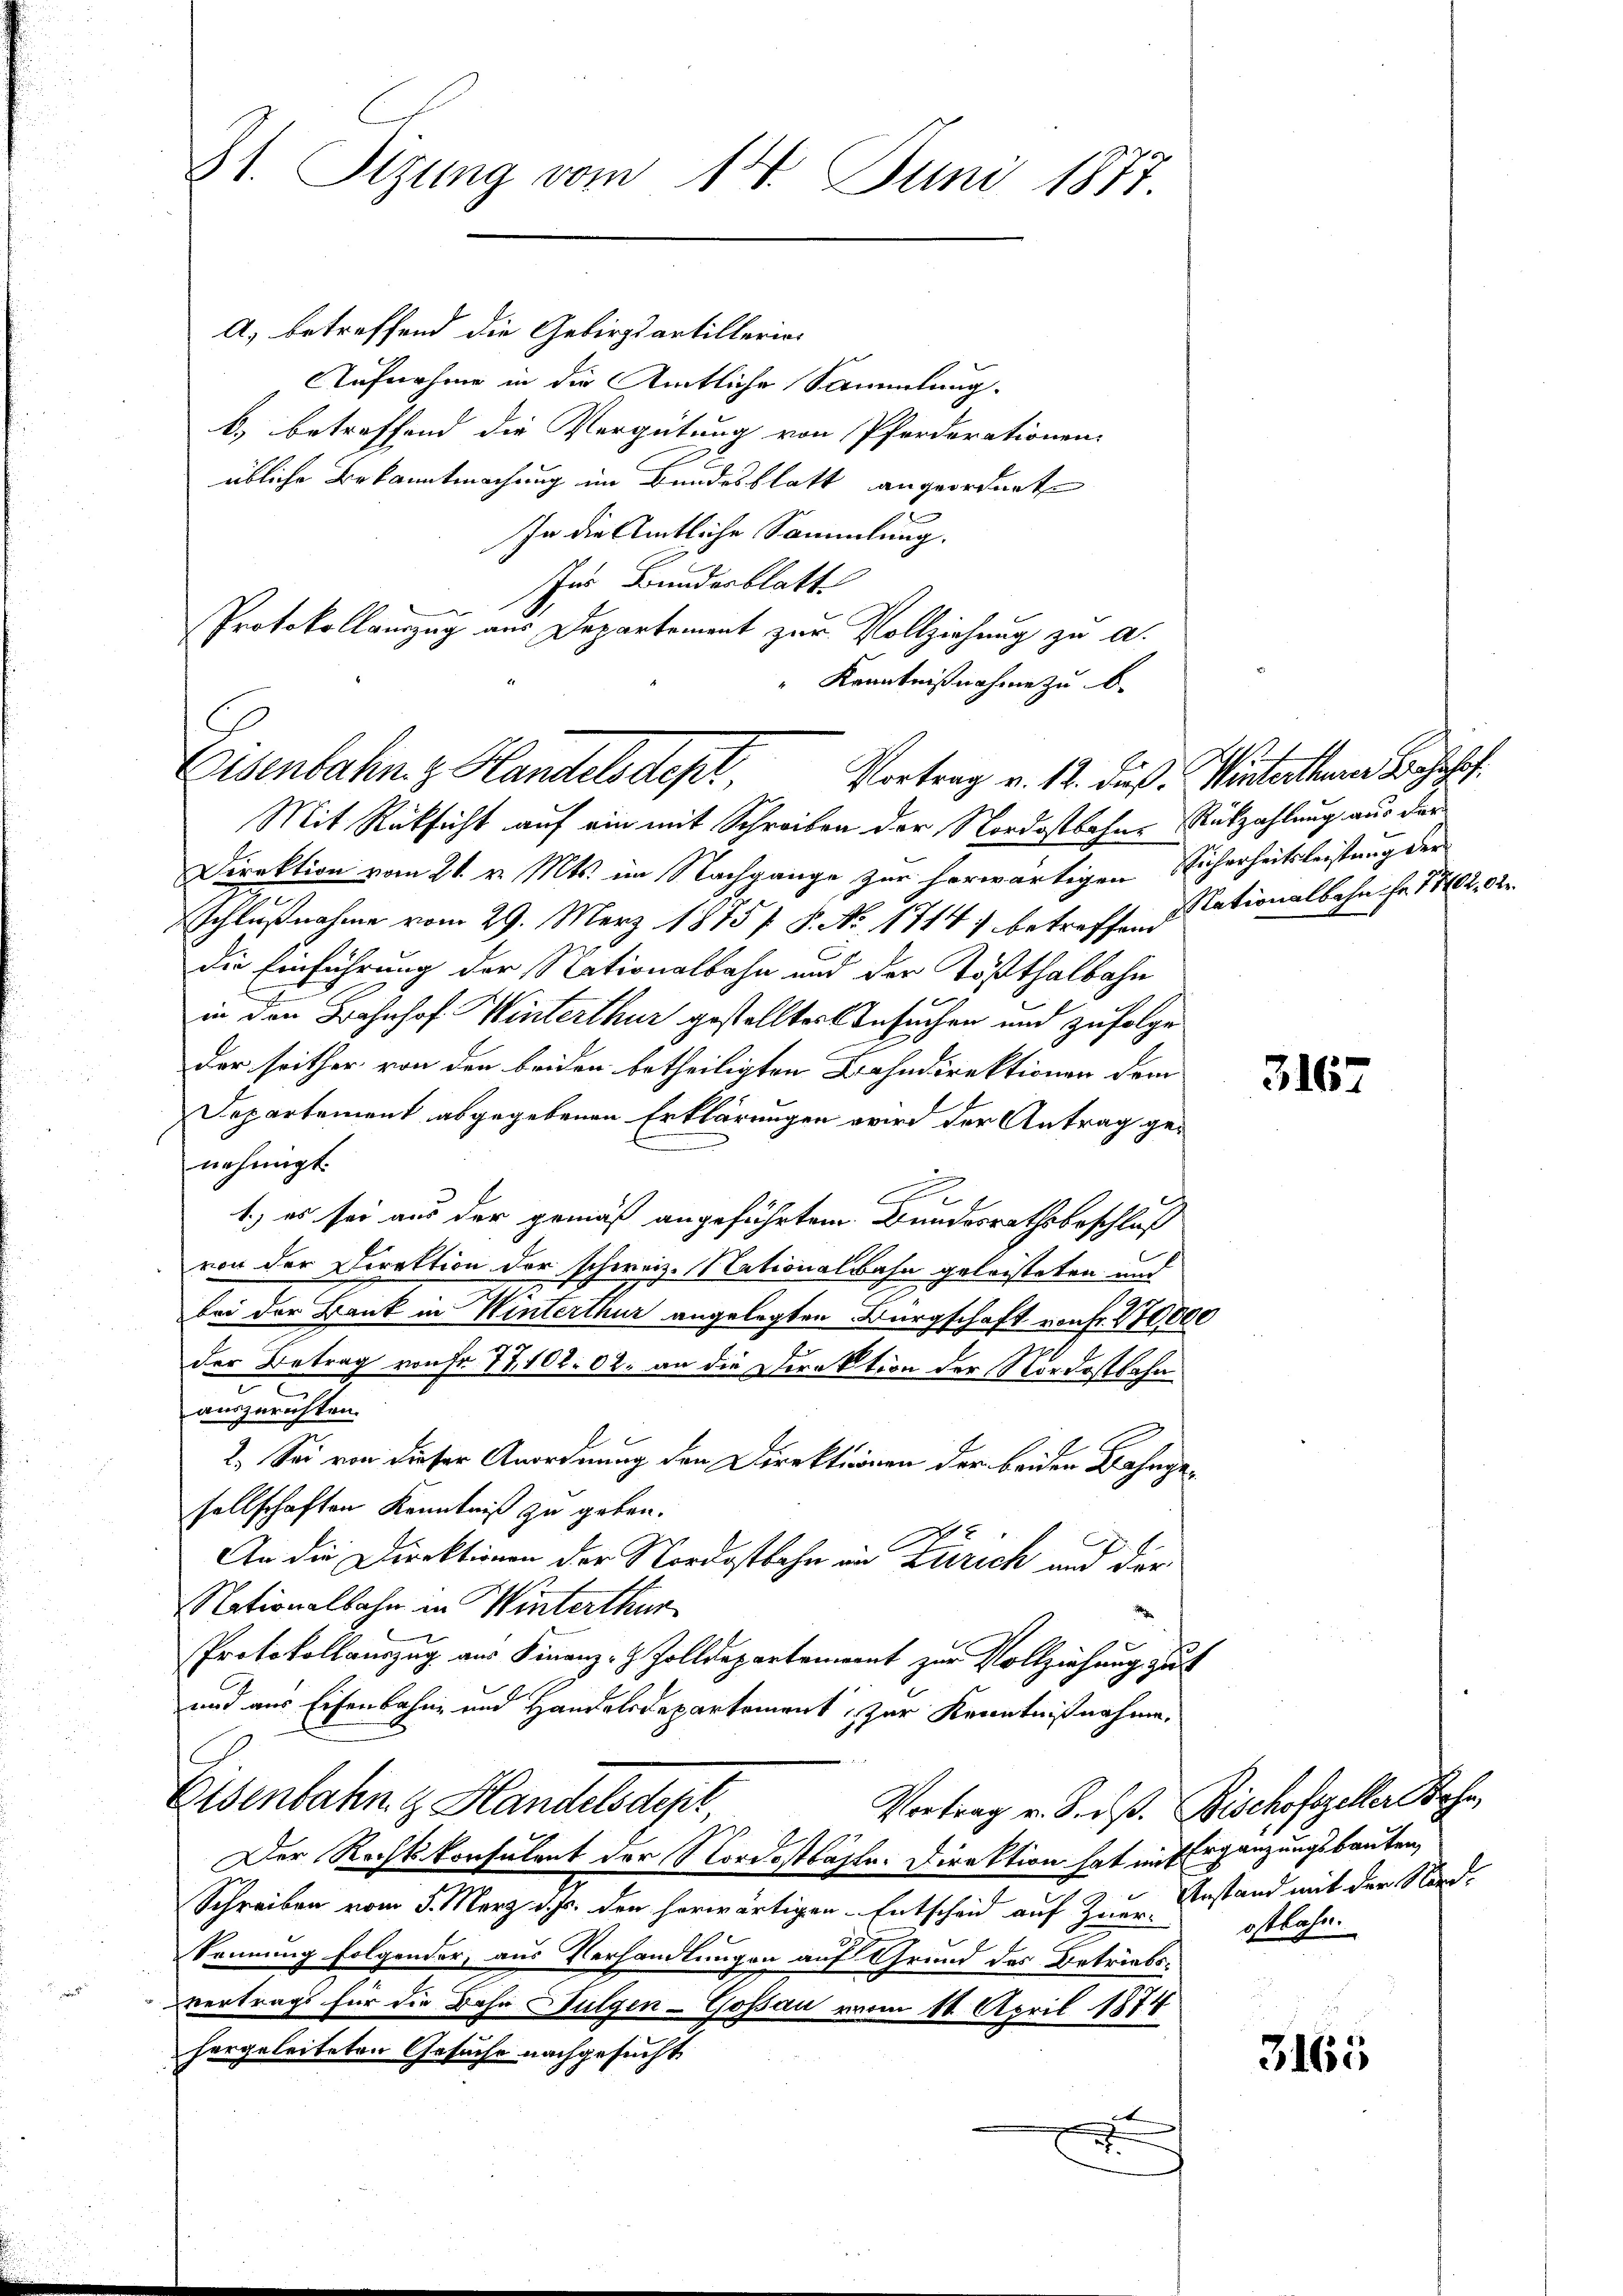
St. Sizung vom 14. Juni 1877.

a) betreffend die Gebirgsartilleris¬
Aufnahme in die Amtliche Sammlung.
b) betreffend die Vergütung von Pferderationen-
übliche Bekanntmachung im Bundesblatt angeordnete
In die Amtliche Sammlung.
Ins Bundesblatt

Protokollauszug aus Departement zur Vollziehung zu a.
" Kenntnißnahme zu be

Eisenbahn z. Handelstept,
Vortrag v. 12. Fuß. Winterthurer Bahnhof.

Mit Rüksicht auf ein mit Schreiben der Nordostbahne Rückzahlung aus der
Direktion vom 21. v. Mts. im Nachgange zur herwärtigen Sicherheitsleistung der
Schlußnahme vom 29. März 1875 P. No 1714) betreffen dationalbahn fr. 1702, 32
die Einführung der Nationalbahn und der Tößthalbahn
in den Bahnhof Winterthur gestellter Besuchen und zufolge
der seither von den beiden betheiligten Bahndirektionen dem
Departement abgegebenen Erklärungen wird der Antrag genehmigt.
1.) es sei aus der gemäß angeführtem Bundesrathsbeschluß
von der Direktion der schweiz. Nationalbahn geleisteten und
bei der Bank in Winterthur angelegten Bürgschaft von Fr. 110000
der Betrag von Fr. 77, 102. 02. an die Direktion der Nordostbahn
auszurichten.
2. Sei von dieser Anordnung den Direktionen der beiden Bahngesellschaften Kenntniß zu geben.
An die Direktionen der Nordostbahn in Zürich und der
Nationalbahn in Winterthur
Protokollauszug aus Finanz-Z Zolldepartement zur Vollziehung zu t
und aus Eisenbahn- und Handelsdepartement zur Kenntnißnahme.
Eisenbahn.  Handelsdepr
Vortrag v. 8. dß. Bischofszeller Beha
Der Rechtskonsulent der Nordostbahle. Direktion hat in Ergänzungsbauten,
Schreiben vom 5. März d. Js. den herwärtigen Entscheid auf Zur Anstand mit der Nord-
kennung folgender, aus Verhandlungen auf Grund des Betriebsvertrags für die Bahn Sulgen-Goßau vom 14. April 1874
hergeleiteten Gesuche nachgesucht
2

3167

ostbahn.

3165